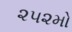
૨૫૨મો